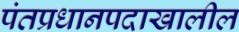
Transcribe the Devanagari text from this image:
पंतप्रधानपदाखालील